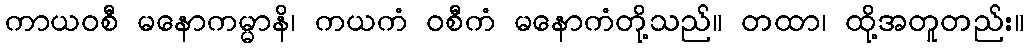
ကာယဝစီ မနောကမ္မာနိ၊ ကယကံ ဝစီကံ မနောကံတို့သည်။ တထာ၊ ထို့အတူတည်း။